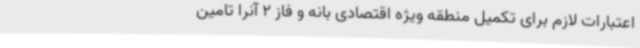
اعتبارات لازم برای تکمیل منطقه ویژه اقتصادی بانه و فاز 2 آنرا تامین